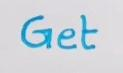
Get